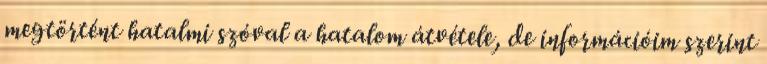
megtörtént hatalmi szóval a hatalom átvétele, de információim szerint